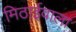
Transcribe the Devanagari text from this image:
मिठार्इवाला